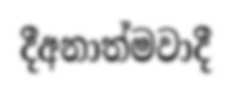
දීඅනාත්මවාදී